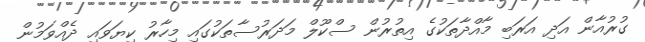
ގުރުއާން އަދި އަރަބި މާއްދާތަކުގެ އިތުރުން ސްކޫލް މަދަރުސާތަކުގައި މިހާރު ކިޔަވައި ދެއްވަމުން